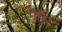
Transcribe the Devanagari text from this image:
मैहैर